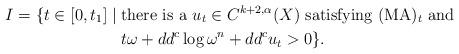
LaTeX: \begin{align*} I = \{t \in [0, t_1] \mid \; & \textup{there is a $u_t \in C^{k+2,\alpha}(X)$ satisfying $(\textup{MA})_t$ and} \\ & \textup{$t \omega + dd^c \log \omega^n + dd^c u_t > 0$}\}. \end{align*}